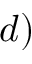
d )